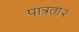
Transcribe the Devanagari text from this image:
पात्रता२